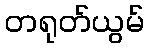
တရုတ်ယွမ်